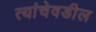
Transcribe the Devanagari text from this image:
त्यांचेवडील